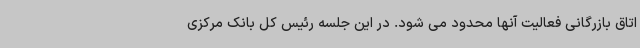
اتاق بازرگانی فعالیت آنها محدود می شود. در این جلسه رئیس کل بانک مرکزی